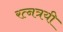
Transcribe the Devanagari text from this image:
रत्नत्रयी